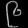
Digit: ၉